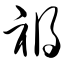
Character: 祸